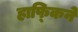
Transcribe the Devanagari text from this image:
हाफ्किने